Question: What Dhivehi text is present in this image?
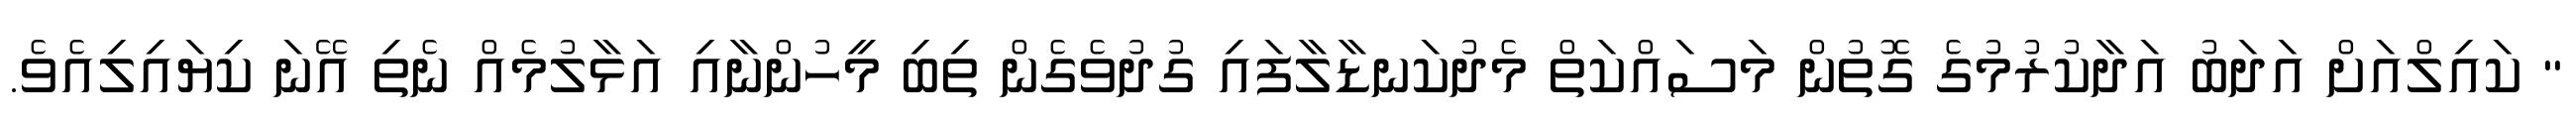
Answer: " ކައިލްއަށް އަދަބު އަދާކުރުމުގެ ގޮތުން މަސައްކަތް މެދުކަނޑާލާފައި ގުދުވެގެން ތިބި މީހުންނާއި އަޅާލުމެއް ނެތި އޭނަ ކިޔައިލިއެވެ.